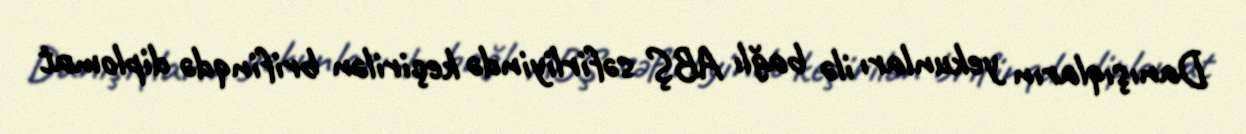
Danışıqların yekunları ilə bağlı ABŞ səfirliyində keçirilən brifinqdə diplomat